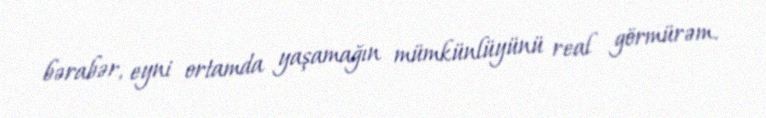
bərabər, eyni ortamda yaşamağın mümkünlüyünü real görmürəm.